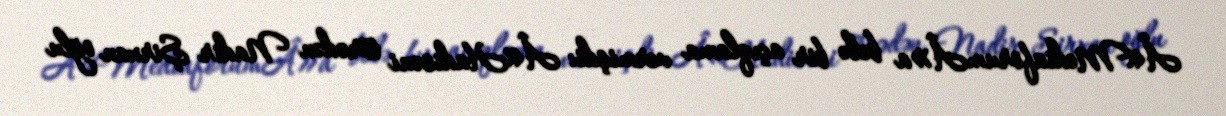
Â«MediaforumÂ»a belə bir açıqlama vermişdi: Â«Hadisəni törədən Nadir Şirxan oğlu